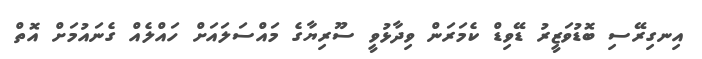
އިނގިރޭސި ބޮޑުވަޒީރު ޑޭވިޑް ކެމަރަން ވިދާޅުވީ ސޫރިޔާގެ މައްސަލައަށް ހައްލެއް ގެނައުމަށް އޮތް